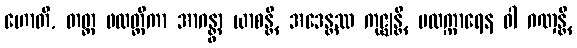
ဟောတိ, တတ္ထ ဖလတ္ထိကာ အာဂန္တွာ ယာစန္တိ, အဒေန္တဿ ကုဇ္ဈန္တိ, ဗလက္ကာရေန ဝါ ဂဏှန္တိ,